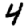
Digit: 4